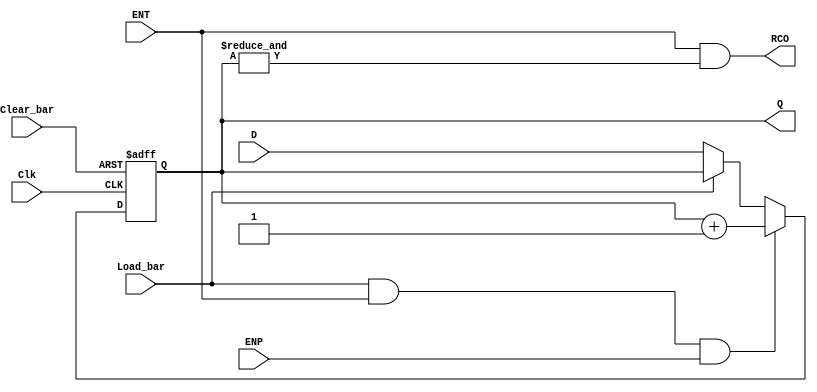
// 4-bit modulo 16 binary counter with parallel load, 
//Asynchronous Master Reset (MRn) ->161A
//Synchronous Reset (SRn) -> LS161
`default_nettype none
`timescale 1ns/1ns

module ttl_74161 #(parameter WIDTH = 4, DELAY_RISE = 0, DELAY_FALL = 0)
(
  input wire Clear_bar,
  input wire Load_bar,
  input wire ENT,
  input wire ENP,
  input wire [WIDTH-1:0] D,
  input wire Clk,
  output wire RCO,
  output wire [WIDTH-1:0] Q
);

//------------------------------------------------//
wire RCO_current;
reg [WIDTH-1:0] Q_current;
wire [WIDTH-1:0] Q_next;

assign Q_next = Q_current + 1;

always @(posedge Clk or negedge Clear_bar)
begin
  if (!Clear_bar)
  begin
    Q_current <= {WIDTH{1'b0}};
  end
  else
  begin
    if (!Load_bar)
    begin
      Q_current <= D;
    end

    if (Load_bar && ENT && ENP)
    begin
      Q_current <= Q_next;
    end
  end
end

// output
assign RCO_current = ENT && (&Q_current);

//------------------------------------------------//

assign #(DELAY_RISE, DELAY_FALL) RCO = RCO_current;
assign #(DELAY_RISE, DELAY_FALL) Q = Q_current;

endmodule